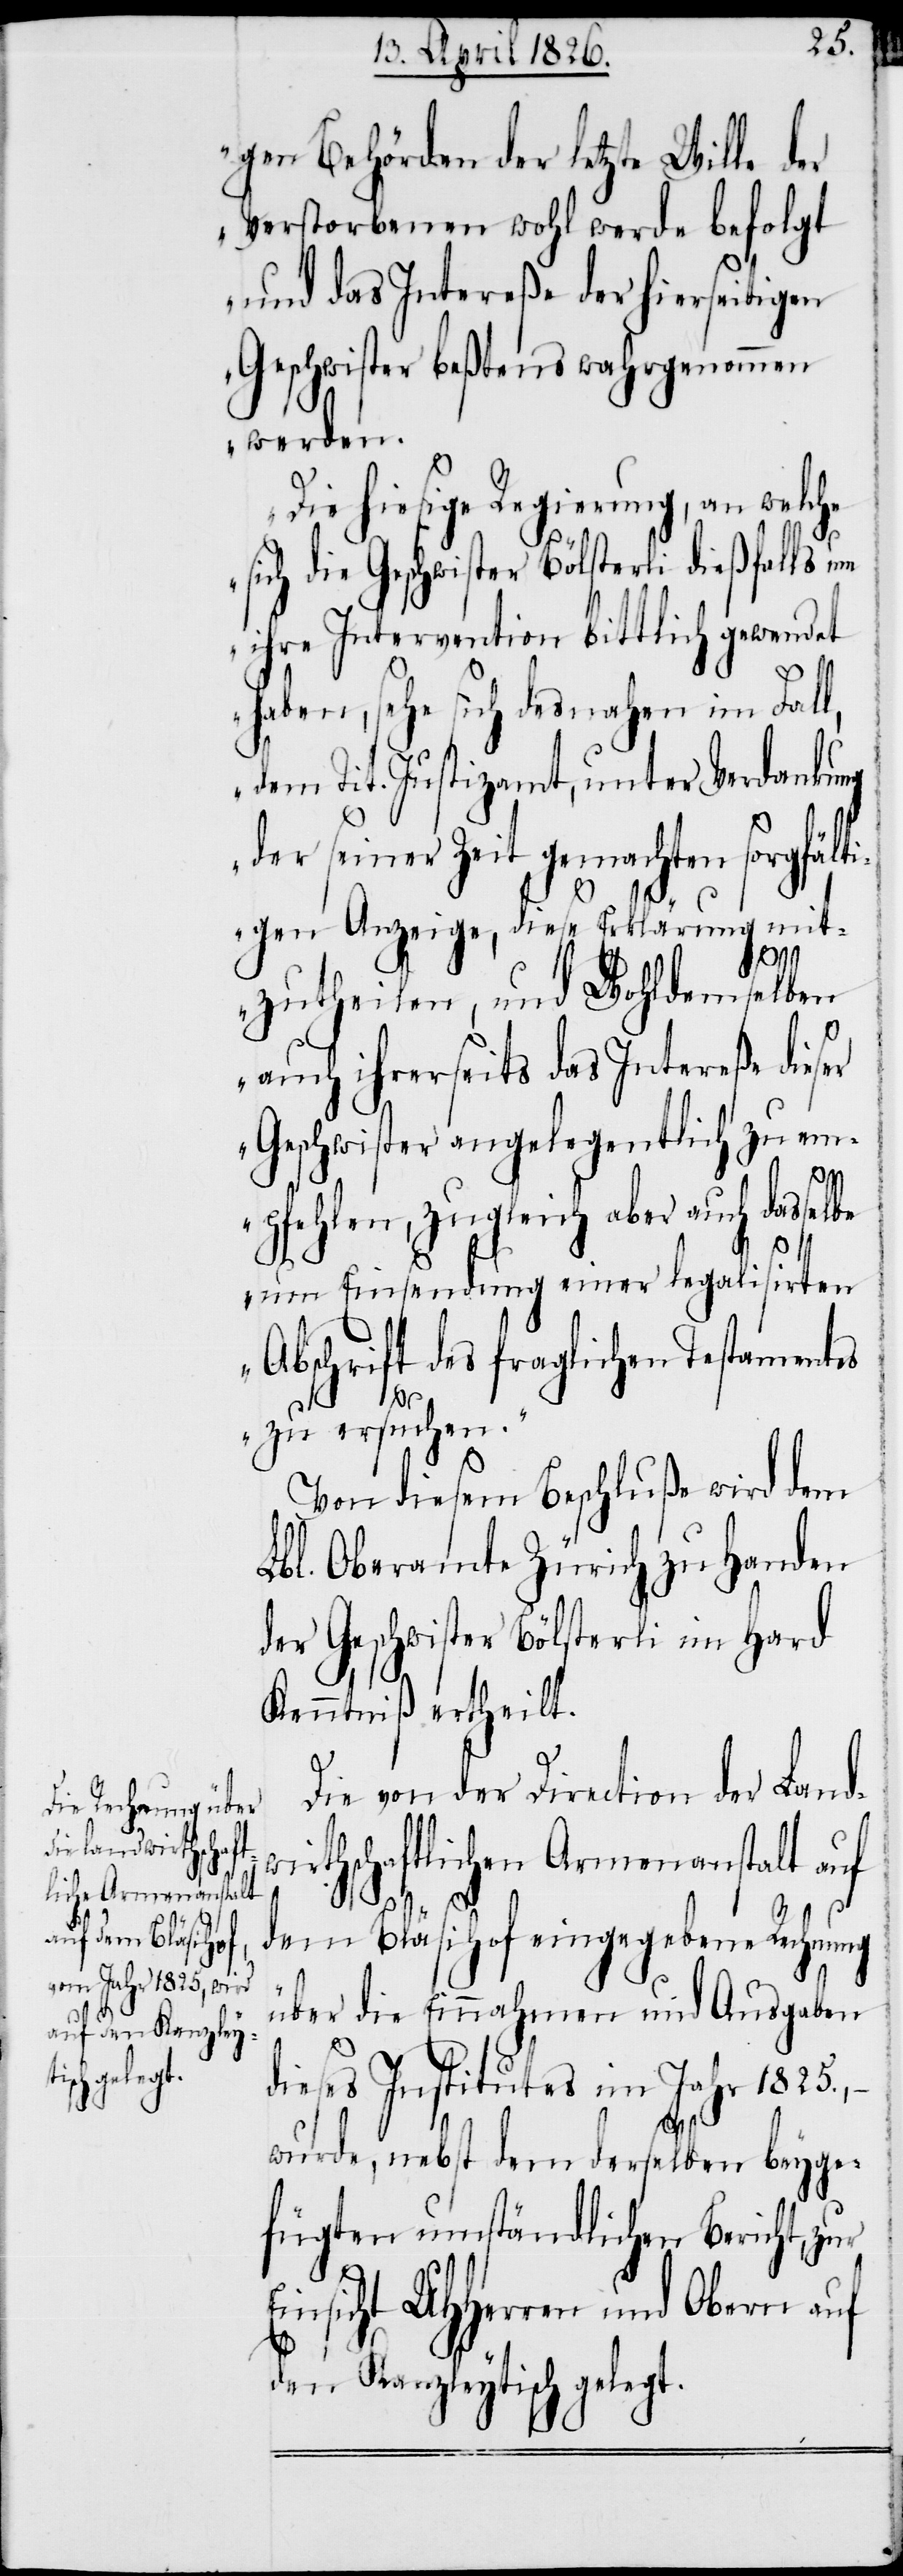
gen Behörden der letzte Wille der
Verstorbenen wohl werde befolgt
und das Intereße der hierseitigen
Geschwister beßtens wahrgenommen
werden.
Die hiesige Regierung, an welche
sich die Geschwister Bölsterli dießfalls um
ihre Intervention bittlich gewendet
haben, sehe sich desnahen im Fall,
dem Tit. Justizamt, unter Verdankung
der seiner Zeit gemachten sorgfält¬
igen Anzeige, diese Erklärung mit¬
zutheilen, und Wohldemselben
auch ihrerseits das Intereße dieser
Geschwister angelegentlich zu em¬
pfehlen, zugleich aber auch dasselbe
E¬
um Einsendung einer legalisirten
Abschrift des fraglichen Testamentes
zu ersuchen.“
Von diesem Beschluße wird dem
Lbl. Oberamte Zürich zu Handen
der Geschwister Bölsterli in Hard
Kenntniß erhteilt.
Die von der Direction der Land¬
wirthschaftlichen Armenanstalt auf
dem Bläsihof eingegebene Rechnung
über die Einnahmen und Ausgaben
dieses Institutes im Jahr 1825.,
wurde, nebst dem derselben beyge¬
fügten umständlichen Bericht, zur
insicht UHHerren und Obern auf
den Kanzleytisch gelegt.